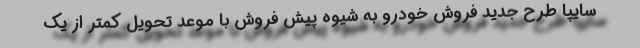
سایپا طرح جدید فروش خودرو به شیوه پیش فروش با موعد تحویل کمتر از یک